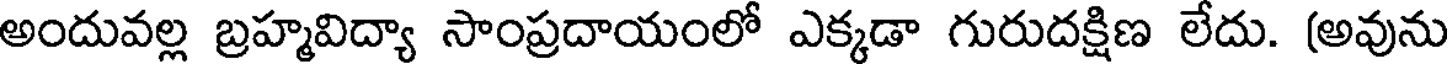
అందువల్ల బ్రహ్మవిద్యా సాంప్రదాయంలో ఎక్కడా గురుదక్షిణ లేదు. (అవును